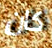
كان